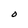
Character: O